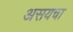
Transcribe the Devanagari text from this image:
असयचा